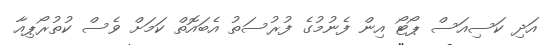
އަދި ކަސިއަސް ޕޯޓޯ އިން ފެނުމުގެ ފުރުސަތު އެބައޮތް ކަމަށް ވެސް ކުތުރޯޕިއާ